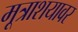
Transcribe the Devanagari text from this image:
मूत्राशयावर